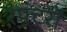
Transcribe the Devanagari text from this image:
रफ्टरों